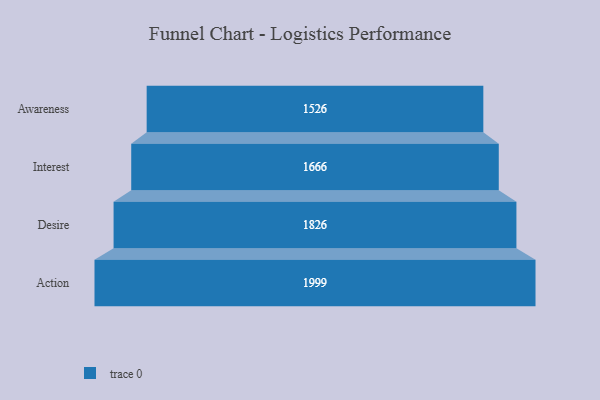
{"axis": {"x": "Stage", "y": "Value"}, "legend": [""], "data": [{"x": "Awareness", "y": 1526.0, "type": ""}, {"x": "Interest", "y": 1666.0, "type": ""}, {"x": "Desire", "y": 1826.0, "type": ""}, {"x": "Action", "y": 1999.0, "type": ""}]}